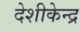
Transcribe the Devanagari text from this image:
देशीकेन्द्र